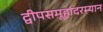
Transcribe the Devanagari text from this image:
द्वीपसमूहांदरम्यान